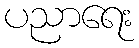
ပညာရေး